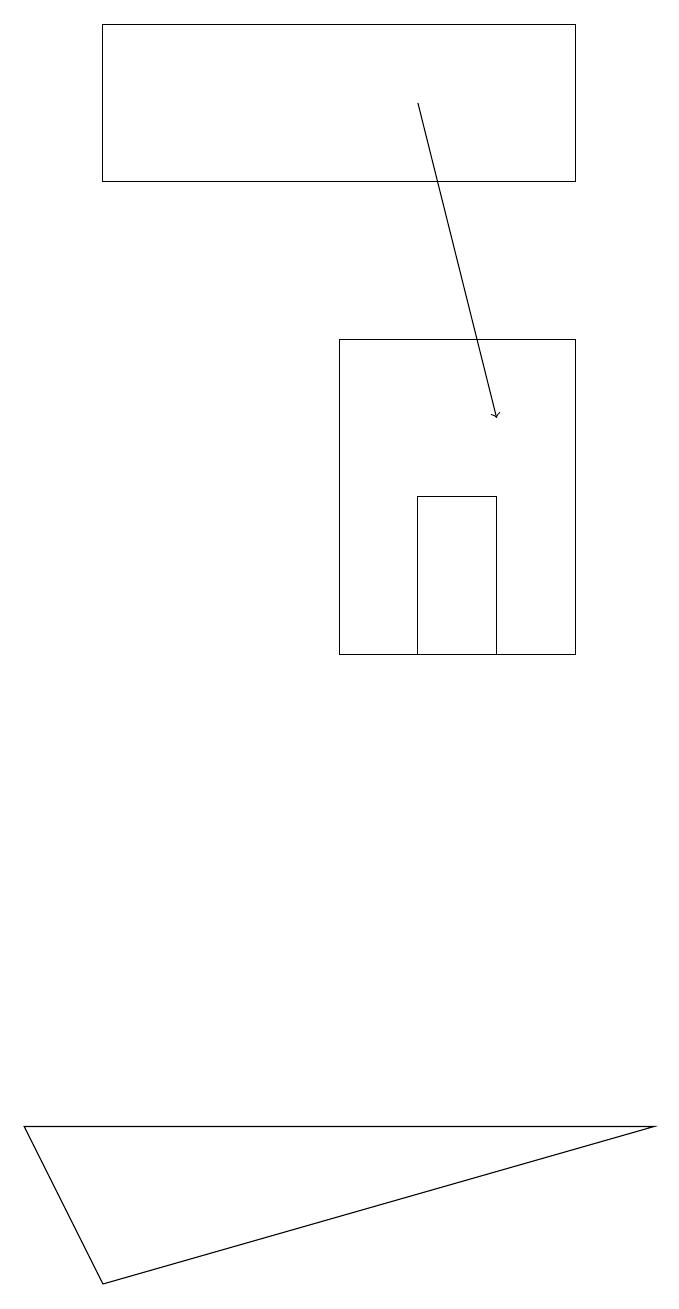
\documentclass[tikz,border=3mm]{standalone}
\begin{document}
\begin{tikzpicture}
\draw (8,15) rectangle (5,11);
\draw (1,5) -- (9,5) -- (2,3) -- cycle;
\draw (6,13) rectangle (7,11);
\draw[->] (6,18) -- (7,14);
\draw (8,17) rectangle (2,19);
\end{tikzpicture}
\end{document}